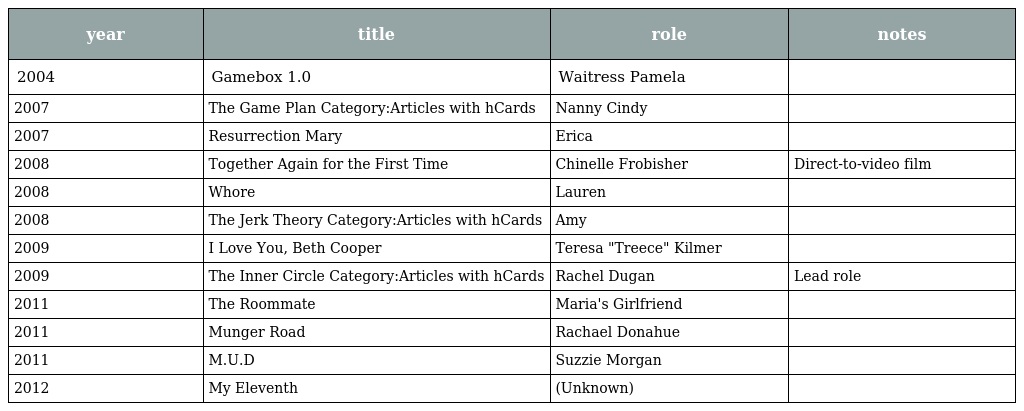
| year | title | role | notes |
 | --- | --- | --- | --- |
 | 2004 | Gamebox 1.0 | Waitress Pamela |  |
 | 2007 | The Game Plan Category:Articles with hCards | Nanny Cindy |  |
 | 2007 | Resurrection Mary | Erica |  |
 | 2008 | Together Again for the First Time | Chinelle Frobisher | Direct-to-video film |
 | 2008 | Whore | Lauren |  |
 | 2008 | The Jerk Theory Category:Articles with hCards | Amy |  |
 | 2009 | I Love You, Beth Cooper | Teresa "Treece" Kilmer |  |
 | 2009 | The Inner Circle Category:Articles with hCards | Rachel Dugan | Lead role |
 | 2011 | The Roommate | Maria's Girlfriend |  |
 | 2011 | Munger Road | Rachael Donahue |  |
 | 2011 | M.U.D | Suzzie Morgan |  |
 | 2012 | My Eleventh | (Unknown) |  |